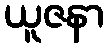
ယူဇနာ